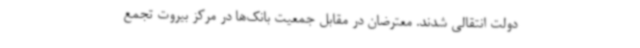
دولت انتقالی شدند. معترضان در مقابل جمعیت بانک‌ها در مرکز بیروت تجمع